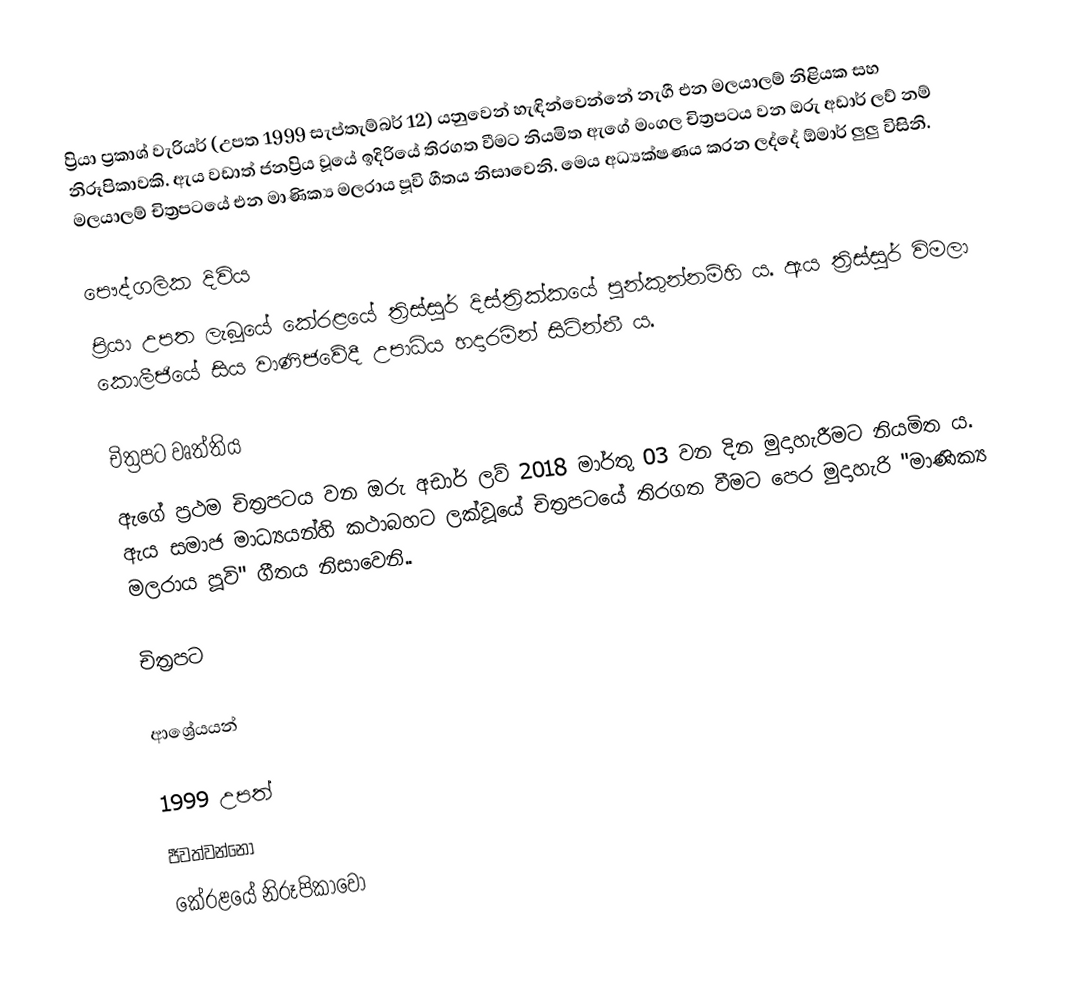
ප්‍රියා ප්‍රකාශ් වැරියර් (උපත 1999 සැප්තැම්බර් 12) යනුවෙන් හැඳින්වෙන්නේ නැගී එන මලයාලම් නිළියක සහ නිරූපිකාවකි. ඇය වඩාත් ජනප්‍රිය වූයේ ඉදිරියේ තිරගත වීමට නියමිත ඇගේ මංගල චිත්‍රපටය වන ඔරු අඩාර් ලව් නම් මලයාලම් චිත්‍රපටයේ එන මාණික්‍ය මලරාය පූවි ගීතය නිසාවෙනි. මෙය අධ්‍යක්ෂණය කරන ලද්දේ ඕමාර් ලුලු විසිනි.

පෞද්ගලික දිවිය
ප්‍රියා උපත ලැබූයේ කේරළයේ ත්‍රිස්සූර් දිස්ත්‍රික්කයේ පූන්කුන්නම්හි ය. ඇය ත්‍රිස්සූර් විමලා කොලීජියේ සිය වාණිජවේදී උපාධිය හදාරමින් සිටින්නී ය.

චිත්‍රපට වෘත්තිය
ඇගේ ප්‍රථම චිත්‍රපටය වන ඔරු අඩාර් ලව් 2018 මාර්තු 03 වන දින මුදාහැරීමට නියමිත ය. ඇය සමාජ මාධ්‍යයන්හි කථාබහට ලක්වූයේ චිත්‍රපටයේ තිරගත වීමට පෙර මුදාහැරි "මාණික්‍ය මලරාය පූවි" ගීතය නිසාවෙනි..

චිත්‍රපට

ආශ්‍රේයයන්

1999 උපත්
ජීවත්වන්නෝ
කේරළයේ නිරූපිකාවෝ